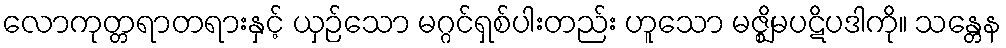
လောကုတ္တရာတရားနှင့် ယှဉ်သော မဂ္ဂင်ရှစ်ပါးတည်း ဟူသော မဇ္ဈိမပဋိပဒါကို။ သန္တေန